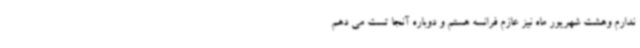
ندارم وهشت شهریور ماه نیز عازم فرانسه هستم و دوباره آنجا تست می دهم